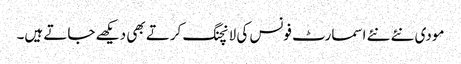
مودی نئے نئے اسمارٹ فونس کی لانچنگ کرتے بھی دیکھے جاتے ہیں۔